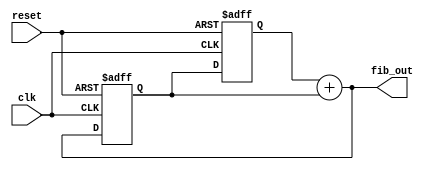
`timescale 1ns / 1ps

// Parameterized Fibonacci sequence generator
// Authored by David J Marion

module fibonacci
    #(parameter W = 16)
    (
    input clk,
    input reset,
    output [W-1:0] fib_out
    );
    
    reg [W-1:0] num1, num2;
    
    always @(posedge clk or negedge reset) begin
        if(~reset) begin
            num1 <= 0;
            num2 <= 1;
        end
        else begin
            num1 <= num2;
            num2 <= fib_out;
        end
    end
    
    assign fib_out = num1 + num2;
    
endmodule